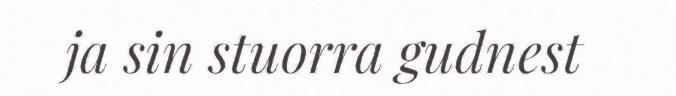
ja sin stuorra gudnest